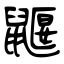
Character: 鼴